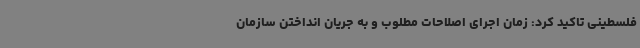
فلسطینی تاکید کرد: زمان اجرای اصلاحات مطلوب و به جریان انداختن سازمان